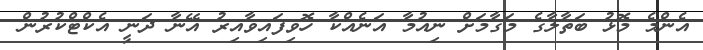
އެންމެ މޮޅު ބަތާލާގެ މަގާމަށް ނިއުމާ އަނެއްކާ ހޮވިފައިވާއިރު އޭނާ ދަނީ އެކްޓްކުރުން